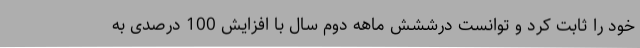
خود را ثابت کرد و توانست درششش ماهه دوم سال با افزایش 100 درصدی به